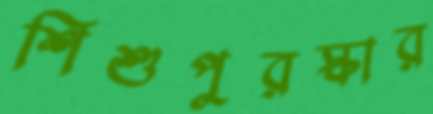
শিশুপুরস্কার